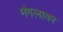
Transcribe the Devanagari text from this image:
मंगलावर